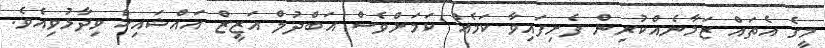
މީގެ އެތައް ޒަމާނެއްކުރިން ފެށިފައިވާ ކަމެއް ކަމަށްވެސް އަބްދުލް އަޒީޒް އައްޝައިޚް ވިދާޅުވިއެވެ.